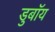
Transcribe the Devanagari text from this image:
डुबॉय